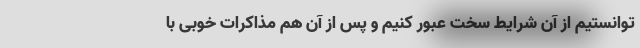
توانستیم از آن شرایط سخت عبور کنیم و پس از آن هم مذاکرات خوبی با